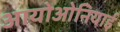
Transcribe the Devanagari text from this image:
आयोओनियाई